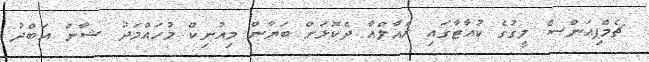
ޗެމްޕިއަންސް ލީގުގެ ކުއާޓާގައި ރެއާލްއާ ދެކޮޅަށް ބަޔާން މިއުނިކް މުހައްމަދު ޝާން އަބްދު